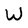
Character: W